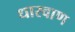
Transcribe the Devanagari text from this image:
धारवाण